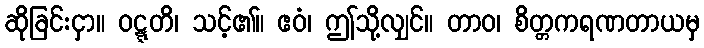
ဆိုခြင်းငှာ။ ဝဋ္ဋတိ၊ သင့်၏။ ဧဝံ၊ ဤသို့လျှင်။ တာဝ၊ စိတ္တကရဏတာယမှ